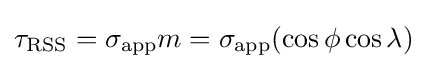
\tau _{\text{RSS}}=\sigma _{\text{app}}m=\sigma _{\text{app}}(\cos \phi \cos \lambda )